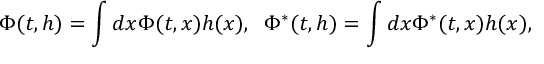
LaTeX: \Phi ( t , h ) = \int d x \Phi ( t , x ) h ( x ) , \; \; \Phi ^ { * } ( t , h ) = \int d x \Phi ^ { * } ( t , x ) h ( x ) ,